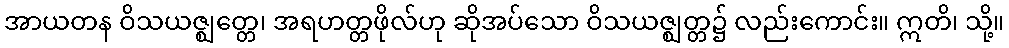
အာယတန ဝိသယဇ္ဈတ္တေ၊ အရဟတ္တဖိုလ်ဟု ဆိုအပ်သော ဝိသယဇ္ဈတ္တ၌ လည်းကောင်း။ ဣတိ၊ သို့။